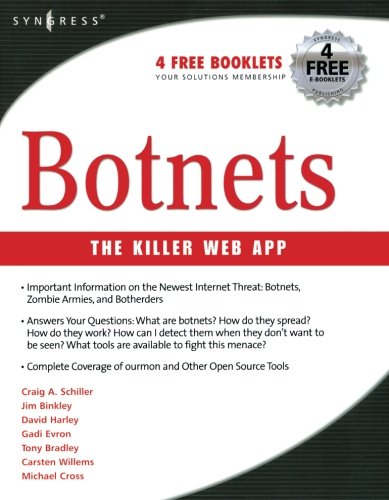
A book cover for Botnets: The Killer Web App; Craig Schiller; Computers & Technology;